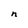
Character: n